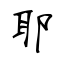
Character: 耶